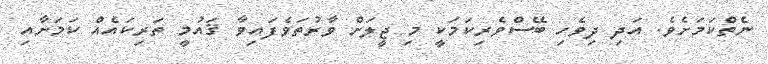
ނެތްކަމަށެވެ. އަދި ދިވެހި ބޭސްވެރިކަމަކީ މި ޖީލަށް ވާރުތަވެފައިވާ ޤައުމީ ތަރިކައެއް ކަމަށާއި